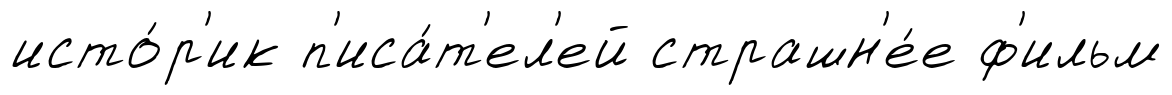
исто́р'ик п'иса́т'ел'ей страшн'е́е ф'ильм